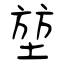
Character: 堃